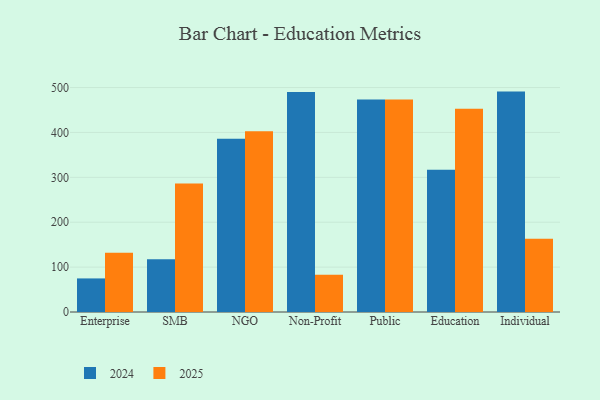
{"axis": {"x": "Segment", "y": "Revenue (USD Million)"}, "legend": ["2024", "2025"], "data": [{"x": "Enterprise", "y": 132.0, "type": "2025"}, {"x": "Enterprise", "y": 74.8, "type": "2024"}, {"x": "SMB", "y": 286.2, "type": "2025"}, {"x": "SMB", "y": 117.4, "type": "2024"}, {"x": "NGO", "y": 402.5, "type": "2025"}, {"x": "NGO", "y": 386.2, "type": "2024"}, {"x": "Non-Profit", "y": 83.2, "type": "2025"}, {"x": "Non-Profit", "y": 490.0, "type": "2024"}, {"x": "Public", "y": 473.3, "type": "2025"}, {"x": "Public", "y": 473.4, "type": "2024"}, {"x": "Education", "y": 452.7, "type": "2025"}, {"x": "Education", "y": 317.0, "type": "2024"}, {"x": "Individual", "y": 163.2, "type": "2025"}, {"x": "Individual", "y": 491.0, "type": "2024"}]}